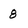
Character: 8